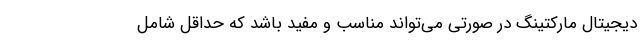
دیجیتال مارکتینگ در صورتی می‌تواند مناسب و مفید باشد که حداقل شامل